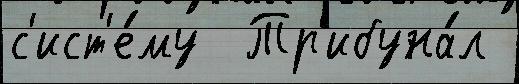
с'ист'е́му  Тр'ибуна́л